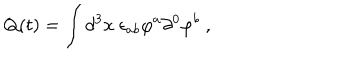
Q ( t ) = \int d ^ { 3 } x \ \epsilon _ { a b } \varphi ^ { a } \partial ^ { 0 } \varphi ^ { b } \ ,